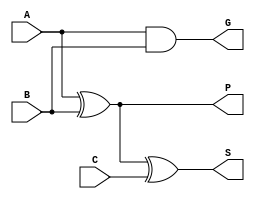
module cla_fulladder(
    input wire A,
    input wire B,
    input wire C,
    output wire G,
    output wire P,
    output wire S
);
    assign P = A ^ B; // propagate
    assign G = A & B; // generate
    assign S = P ^ C; // sum = A xor B xor C = P xor C
endmodule